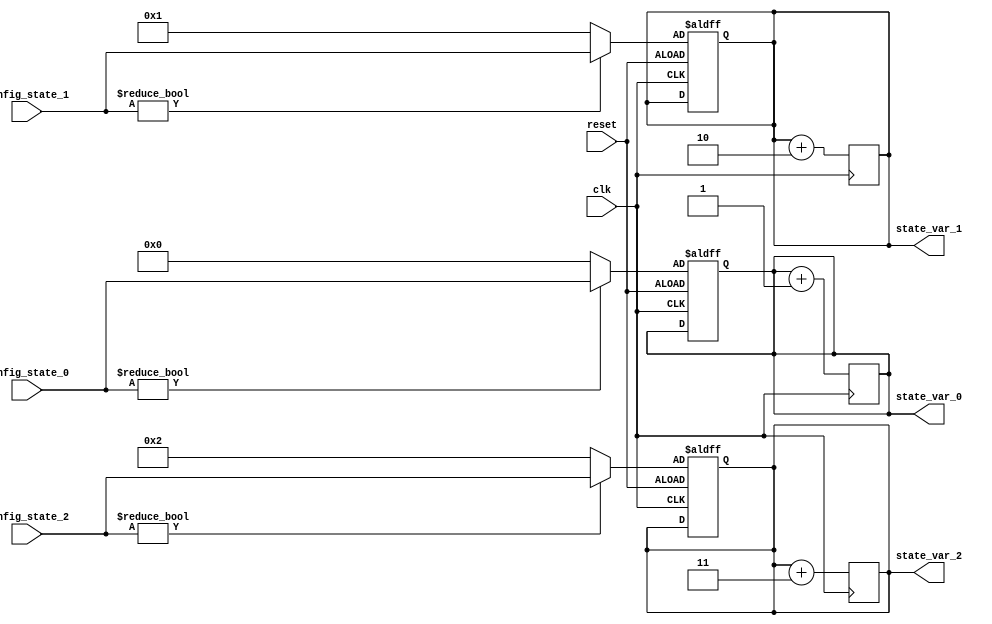
module ConfigurableInitialConditions #(
    parameter integer INIT_STATE_0 = 8'd0,  // Default initial state for variable 0
    parameter integer INIT_STATE_1 = 8'd1,  // Default initial state for variable 1
    parameter integer INIT_STATE_2 = 8'd2   // Default initial state for variable 2
)(
    input wire clk,                          // Clock signal
    input wire reset,                        // Reset signal
    input wire [7:0] config_state_0,       // External configuration for state 0
    input wire [7:0] config_state_1,       // External configuration for state 1
    input wire [7:0] config_state_2,       // External configuration for state 2
    output reg [7:0] state_var_0,          // State variable 0
    output reg [7:0] state_var_1,          // State variable 1
    output reg [7:0] state_var_2           // State variable 2
);

    // Initialization logic
    always @(posedge clk or posedge reset) begin
        if (reset) begin
            // Reset state variables to configured initial conditions
            state_var_0 <= config_state_0 != 8'd0 ? config_state_0 : INIT_STATE_0;
            state_var_1 <= config_state_1 != 8'd0 ? config_state_1 : INIT_STATE_1;
            state_var_2 <= config_state_2 != 8'd0 ? config_state_2 : INIT_STATE_2;
        end
    end

    // Behavioral modeling based on initialized states
    always @(posedge clk) begin
        // Example behavior: Increment state variables
        state_var_0 <= state_var_0 + 1;
        state_var_1 <= state_var_1 + 2;
        state_var_2 <= state_var_2 + 3;
    end

endmodule